Tezpur Lunatic Asylum reports 1877-1894 - 1877-1894
Year: 1877
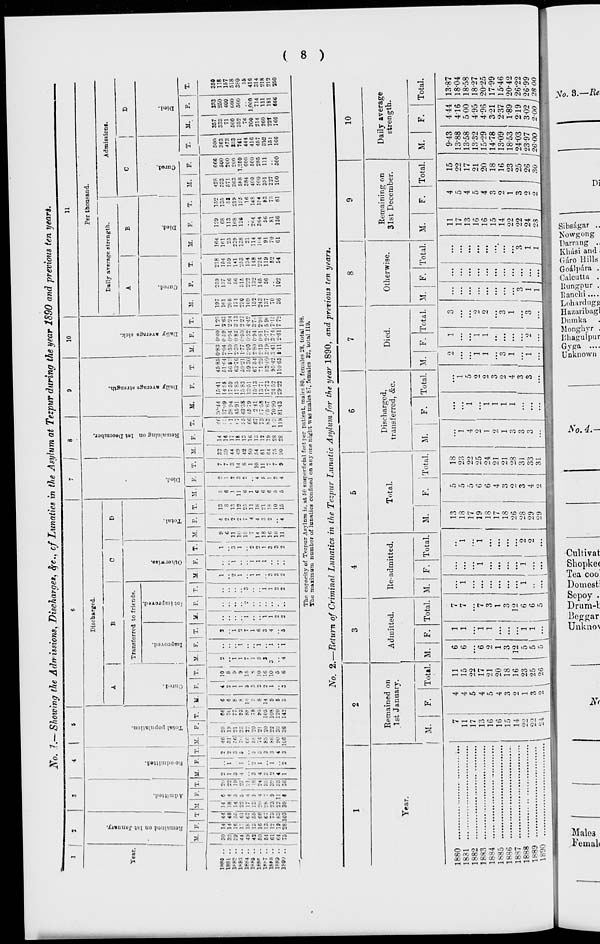
N 0. 7._ -s homing the Admissions, Disch araeit, #e. , cf Lunatics 171 the Asylu m at Tezpur during the year 1890 and previous ten yeart.
1
2
3
1
|
6
7
1 8
9
10
11
s
c
Discharged.
g
0
Q
&
S
Per thons ind.
A
B
C
1 °
Daily average strength.
Admission!.
Tear.
►a
0
Transferred to friends.
£
1
o
A
B
C
1
D
c
o
•0
c
tl
•a
0
be
a
u
9
"5.
I
is
<
"a
6
0
"a
■a
>
a
\
5
0
a
IS
s
.a
0
H
5
3
a
"3
«
PS
o
'2
o
G
>
>,
1 p
3
D
1
.2
O
•a
3
o
•a
s
hi* T M F. T. H. 1 F. T. IM.
1
F. T. " U. F.
T.
M. 1 F. 1 T. y. F. T. M. F. T. M. F. T. M. F. T. SI. F. T.
M.
F.
T. 1 M.| F. T. SI.
P.
T. I It
!
F.
T.
SI.
F.
T.
SI. j F.
T.
1880 ..
j
SO 14 44 14 1 6
2d
2
1 I
46 20 , 66
6
4
! j
10 i 2
..
2
1
J 9 i 1
4
13
E
7
1
32 14
46 ::i"»-44 15-41 I 4585
1
1
1
0-83 0-40 1-23
197
259
218
164
129
152
428
666
50O
357 1 333 350
1881 ..
32, 14 46 18 4
22 1
1
' > 51 19
7(,
fi
2(8
.. 1 ..
• • 1 6
2 1 S
6
1
7
39
16
M7-"9 14:5
51-64 2-04 0 59' 2-6."
161
137
164
161
68 ! 135
333
500
363
333
250
118
lt-82 ..
T9| 161 65 14 S
19 3 .
3
661 21
77\ 8
1
9
■j |
1
2
1
3
11
2 ' 13
1
1
3
44
17
•1 3894 17-59
56-53 1-30 0-94 2-24
206
56
159
25
113
53
571
200
473
71
400
157
lt-8.1 ..
44 1" €1 22 S
27 4
1 | i
!• ' 23
93
S
1 i 9
1 ' 1
2
1
1 1 10 ? 12 11
14
49
18
i 7 4591 17-85
63-76 2-30 083 3-13
174
56
141
239
168 I 219
363
200
333
500
600
518
lPl-4 ..
49 IS 67 17 4
:l ..
1
66 22
m 10 a I 15 7 !
7
3
18
25
6
1
8
42
13
55 43-38 15-83
59-21 1-77 0-50 2-27
230
315
253
138
12S
138 , 5*8 1.250
741
352
500
380
1X85 ..
45 13 56 11- 5
18 3
215 68 20 i 78
3
8
1
1
1
0
4 11
1
1
50 16
66 4579 13-51
59 30 3-90 0-52 4-42
109
222
134
21
16
384
600
444
76
..
55
I8B« ..
60 in OP 2o 4
•:-i
4
1
r,
74 21
95
8
2
10
5 i 1
6
1
1
2
14
4
18 | 6
4
10
54
13
67 241 15-13
67 54 2-80 0-94 ::-7-
152
132
148
114
2«4
148
400
5C0
416
300 1,000
416
1*^7 .. i El 13; 67! 28 7 86
3 85! 20
105 14
2
16
3
..
3
l
1
1
1
18
3
21 ' 6
5
11
61
12
73 67*58 13-71
71-29 2-13! 0-81 29!
243
145
224
104
364
154
500
285
457
214
714
314
W« ..
61 12 7:i 23 9
32 0
1
3
86 22
108
9
1
10
3
1
4
1
1
3
3
If.
18
6
1
7
64
19
S3 65-67 17-73
83'40 3-191 2-77 5 9i
137
56
119
91
56
83
391
111
SIS
260
111
218
1881 .. i 64 19. B3 •22 11
33 4
4
90 3U
120
5
5
1
3
3
10
10
S
7
75 ' 2S
i ; 7090 24-52
95-42,3 41 3-74 7-1;
70
82
70
81
73
227
..
151
22T
181
212
1S9J .. /
1
75| 281103
| i
30 6
!
sc 1 2 3 106 36 1 142 3 0
6
4 i
I
5
2
••
*
2
■•
2
11
4
1
15
5
4
9
90 ; 28
us; 81-43 29 22 110-65. 8-ll| 2-61
1 1
7 72
36
102
54
61
136
81
100
500
166
166
666
250
The capacity of Tnzpur Asylnro is, at 50 superficial feet per patient, males 80, females 28, total 108.
The maximum number of lunatics confined on any one night was males 87, females 32, total 119.
00
No. 2.—'Return of Criminal Lunatics in the Tezpur Lunatic Asylum for the year 1890, and previous ten years.
Year.
Remained on
1st January.
M.
F. Total.
1880
;..
1831
7
11
17
13
16
16
15 •
14
22
22
1 **
4
4
5
4
5
4
3
2
1
11
15
22
17
21
20
18
16
23
6
6
6
2
1
3
12
5
1882
1883
1884
1885
1886
1887
1888
1S89
3
25
2
''fi
1890
V